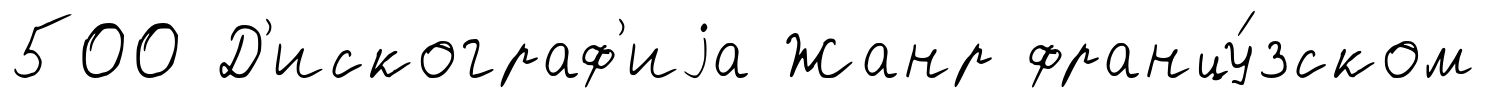
500 Д'искограф'иjа Жанр францу́зском